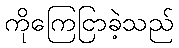
ကိုကြေငြာခဲ့သည်